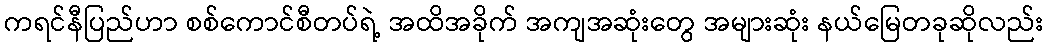
ကရင်နီပြည်ဟာ စစ်ကောင်စီတပ်ရဲ့ အထိအခိုက် အကျအဆုံးတွေ အများဆုံး နယ်မြေတခုဆိုလည်း